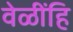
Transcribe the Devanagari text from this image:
वेळींहि